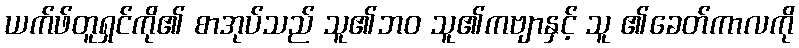
ယက်ဖ်တူရှင်ကို၏ စာအုပ်သည် သူ၏ဘဝ သူ၏ကဗျာနှင့် သူ ၏ခေတ်ကာလကို